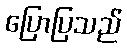
ပြောပြသည်